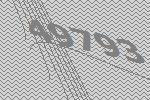
49793